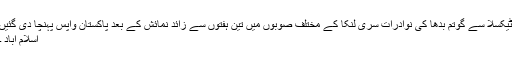
ٹیکسلا سے گوتم بدھا کی نوادرات سری لنکا کے مختلف صوبوں میں تین ہفتوں سے زائد نمائش کے بعد پاکستان واپس پہنچا دی گئیں
اسلام آباد ۔